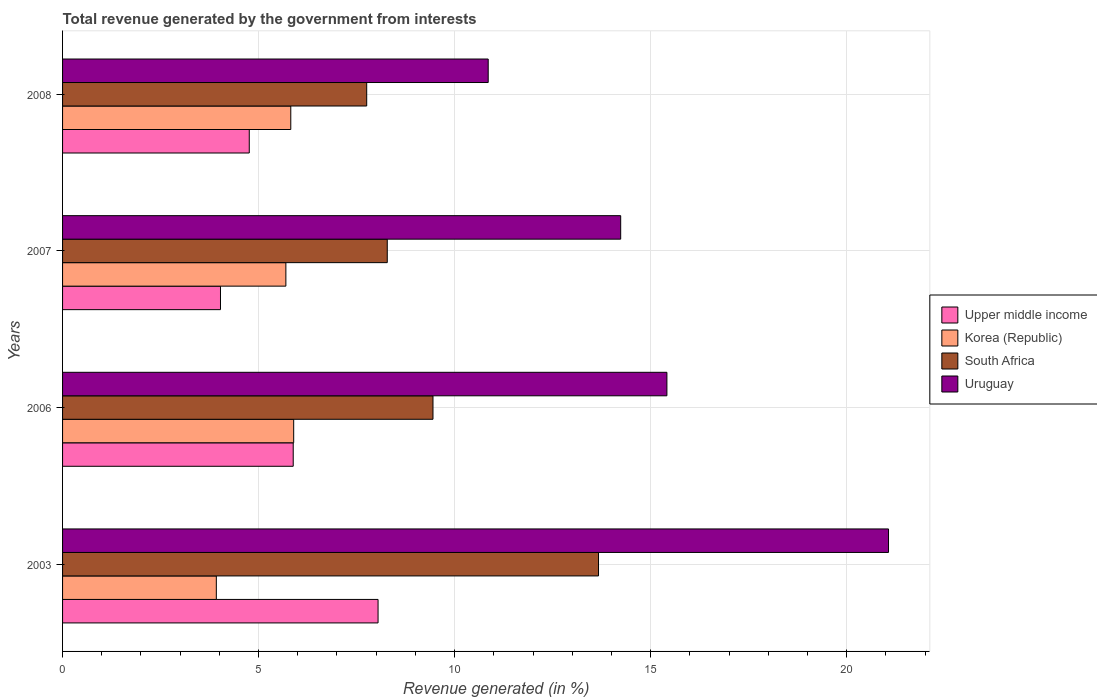
| Years | Upper middle income | Korea (Republic) | South Africa | Uruguay |
 | --- | --- | --- | --- | --- |
 | 2003 | 8.05 | 3.92 | 13.7 | 21.1 |
 | 2006 | 5.88 | 5.9 | 9.45 | 15.4 |
 | 2007 | 4.03 | 5.7 | 8.28 | 14.2 |
 | 2008 | 4.76 | 5.82 | 7.76 | 10.9 |